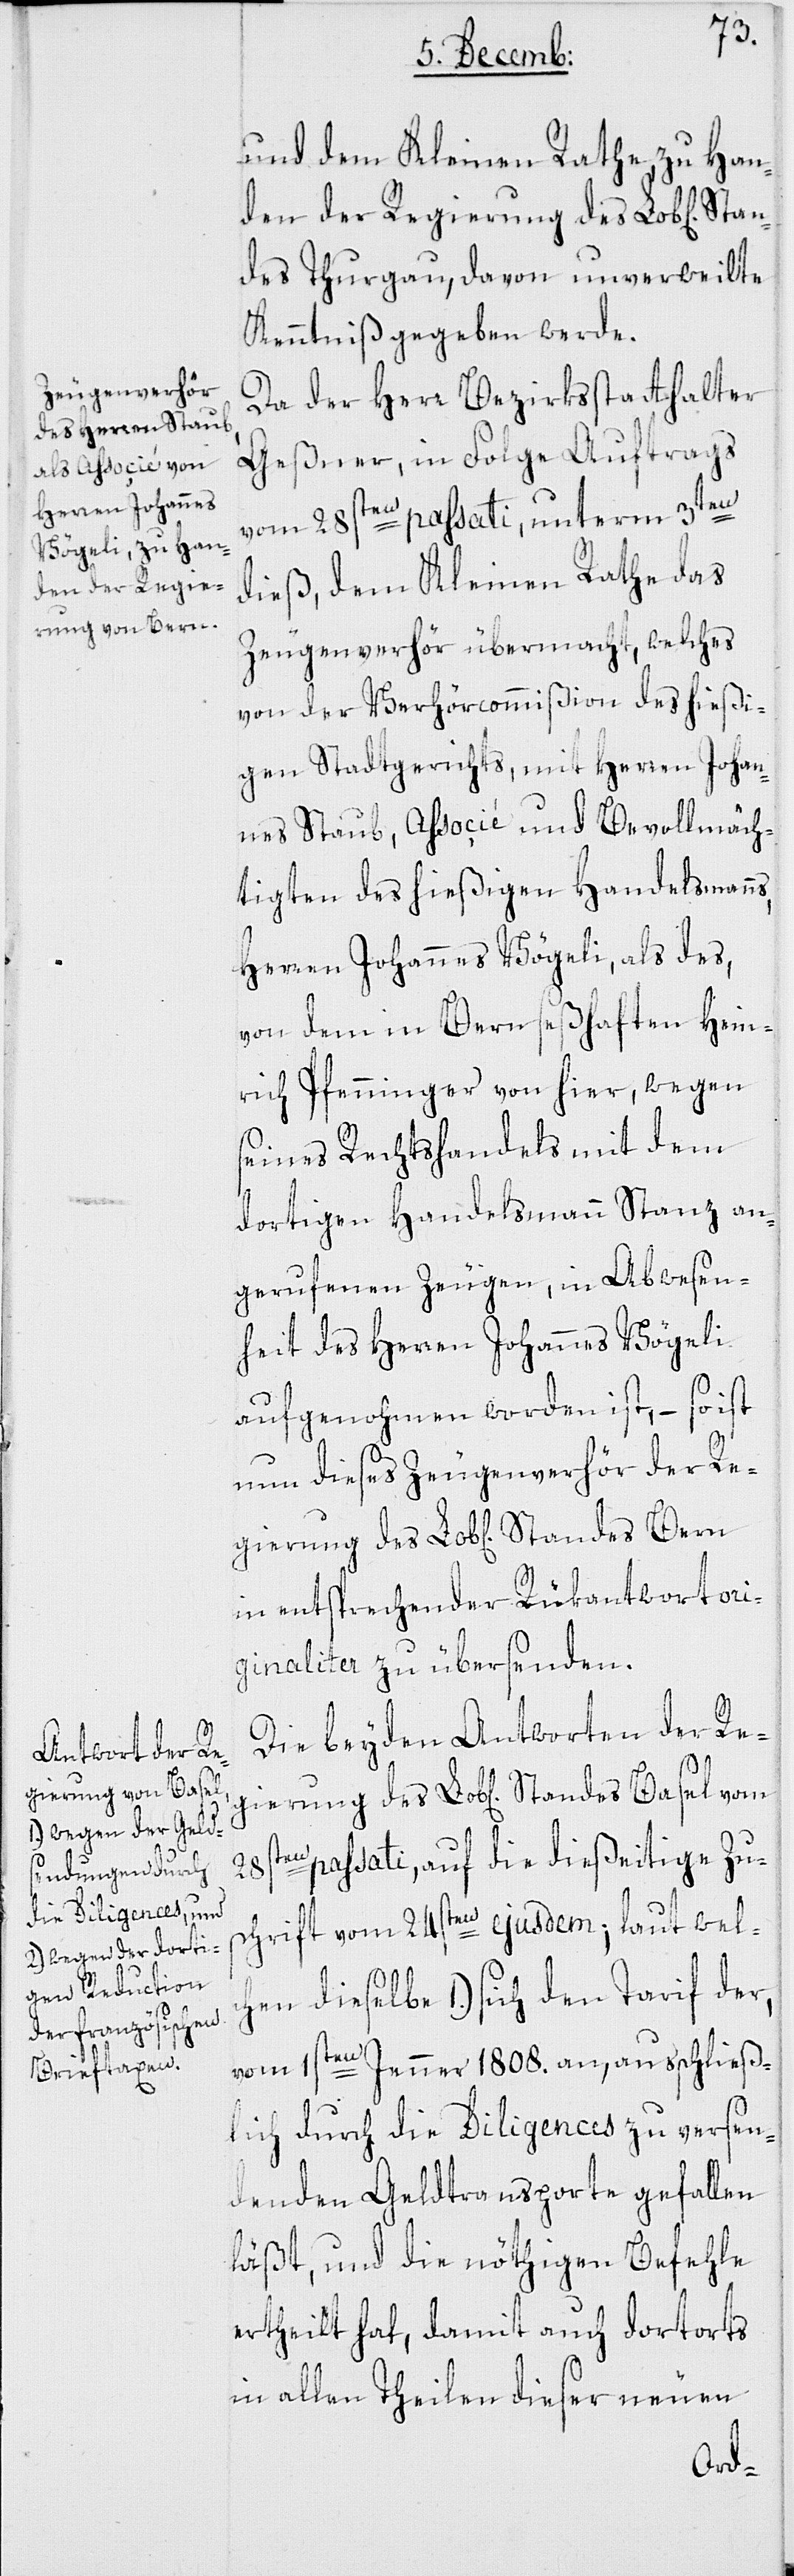
und dem Kleinen Rathe zu Han¬
den der Regierung des Lob[lichen]
des Thurgau, davon unverweilte
Kenntniß gegeben werde.
Da der Herr Bezirksstatthalter
Geßner, in Folge Auftrags
vom 28sten passati, unterm 3ten
dieß, dem Kleinen Rathe das
Zeugenverhör übermacht, welches
von der Verhörcommißion des hießi¬
gen Stadtgerichts, mit Herren Johan¬
nes Staub, Associé und Bevollmäch¬
tigten des hießigen Handelsmanns,
Herren Johannes Vögeli, als des
von dem in Bern seßhaften Hein¬
rich Pfenninger von hier, wegen
seines Rechtshandels mit dem
dortigen Handelsmann Stanz an¬
gerufenen Zeugen, in Abwesen¬
heit des Herren Johannes Vögeli
aufgenohmen worden ist, – so ist
nun dieses Zeugenverhör der Reg¬
in entsprechender Rükantwort ori¬
ginaliter zu übersenden.
Die beyden Antworten der Reg¬
28sten passati, auf die dießeitige Zu¬
schrift vom 24sten ejusdem; laut wel¬
chen dieselbe 1.) sich den Tarif der
vom 1sten Jenner 1808. an, ausschließ¬
lich durch die Diligences zu versen¬
denden Geldtransporte gefallen
läßt, und die nöthigen Befehle
ertheilt hat, damit auch dortorts
in allen Theilen dieser neuen
ierung